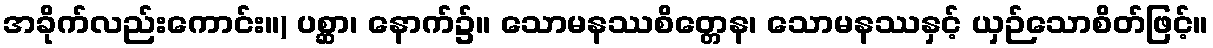
အခိုက်လည်းကောင်း။) ပစ္ဆာ၊ နောက်၌။ သောမနဿစိတ္တေန၊ သောမနဿနှင့် ယှဉ်သောစိတ်ဖြင့်။